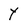
Character: y